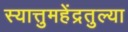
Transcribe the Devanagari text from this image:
स्यात्तुमहेंद्रतुल्या